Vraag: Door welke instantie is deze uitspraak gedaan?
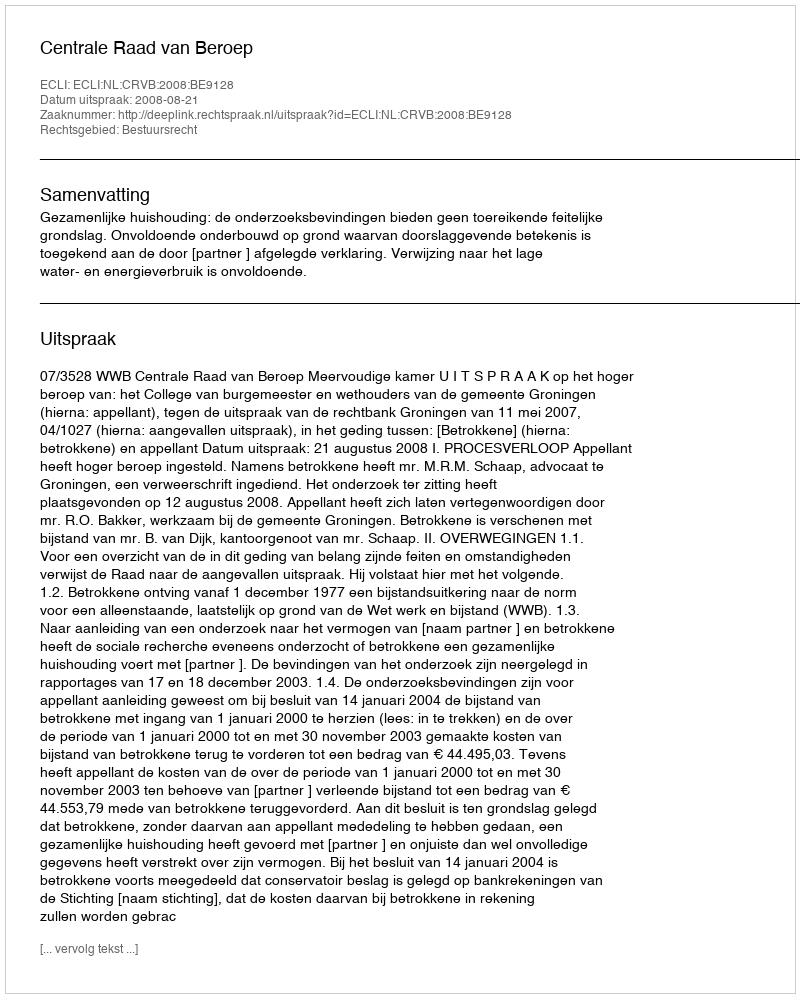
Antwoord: Centrale Raad van Beroep